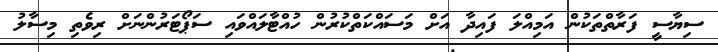
ސިޔާސީ ފަރާތްތަކުން އަމިއްލަ ފައިދާ އަށް މަސައްކަތްކުރުން ހުއްޓާލައްވައި ސަޕޯޓަރުންނަށް ރިވެތި މިސާލު